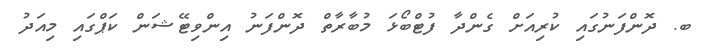
ބ. ދޮންފަނުގައި ކުރިއަށް ގެންދާ ފުޓްބޯޅަ މުބާރާތް ދޮންފަނު އިންވިޓޭޝަން ކަޕްގައި މިއަދު